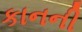
કાનની